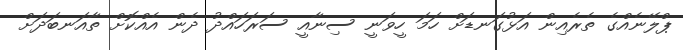
ޕްލޭނެއްގެ ތެރެއިން އަޅުގަނޑަށް ހަމަ ހީވަނީ ސިނާއީ ސަރަހައްދު ދެން އެއްކޮށް ތާއަނބަދަށް